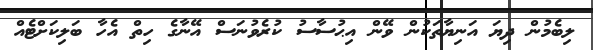
ލިބެމުން ދިޔަ އަނިޔާތަކުން ވޭން އިޙުސާސު ކުރެވުނަސް އޭނާގެ ހިތް އެހާ ބަލިކަށްޓެއް